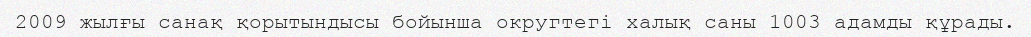
2009 жылғы санақ қорытындысы бойынша округтегі халық саны 1003 адамды құрады.